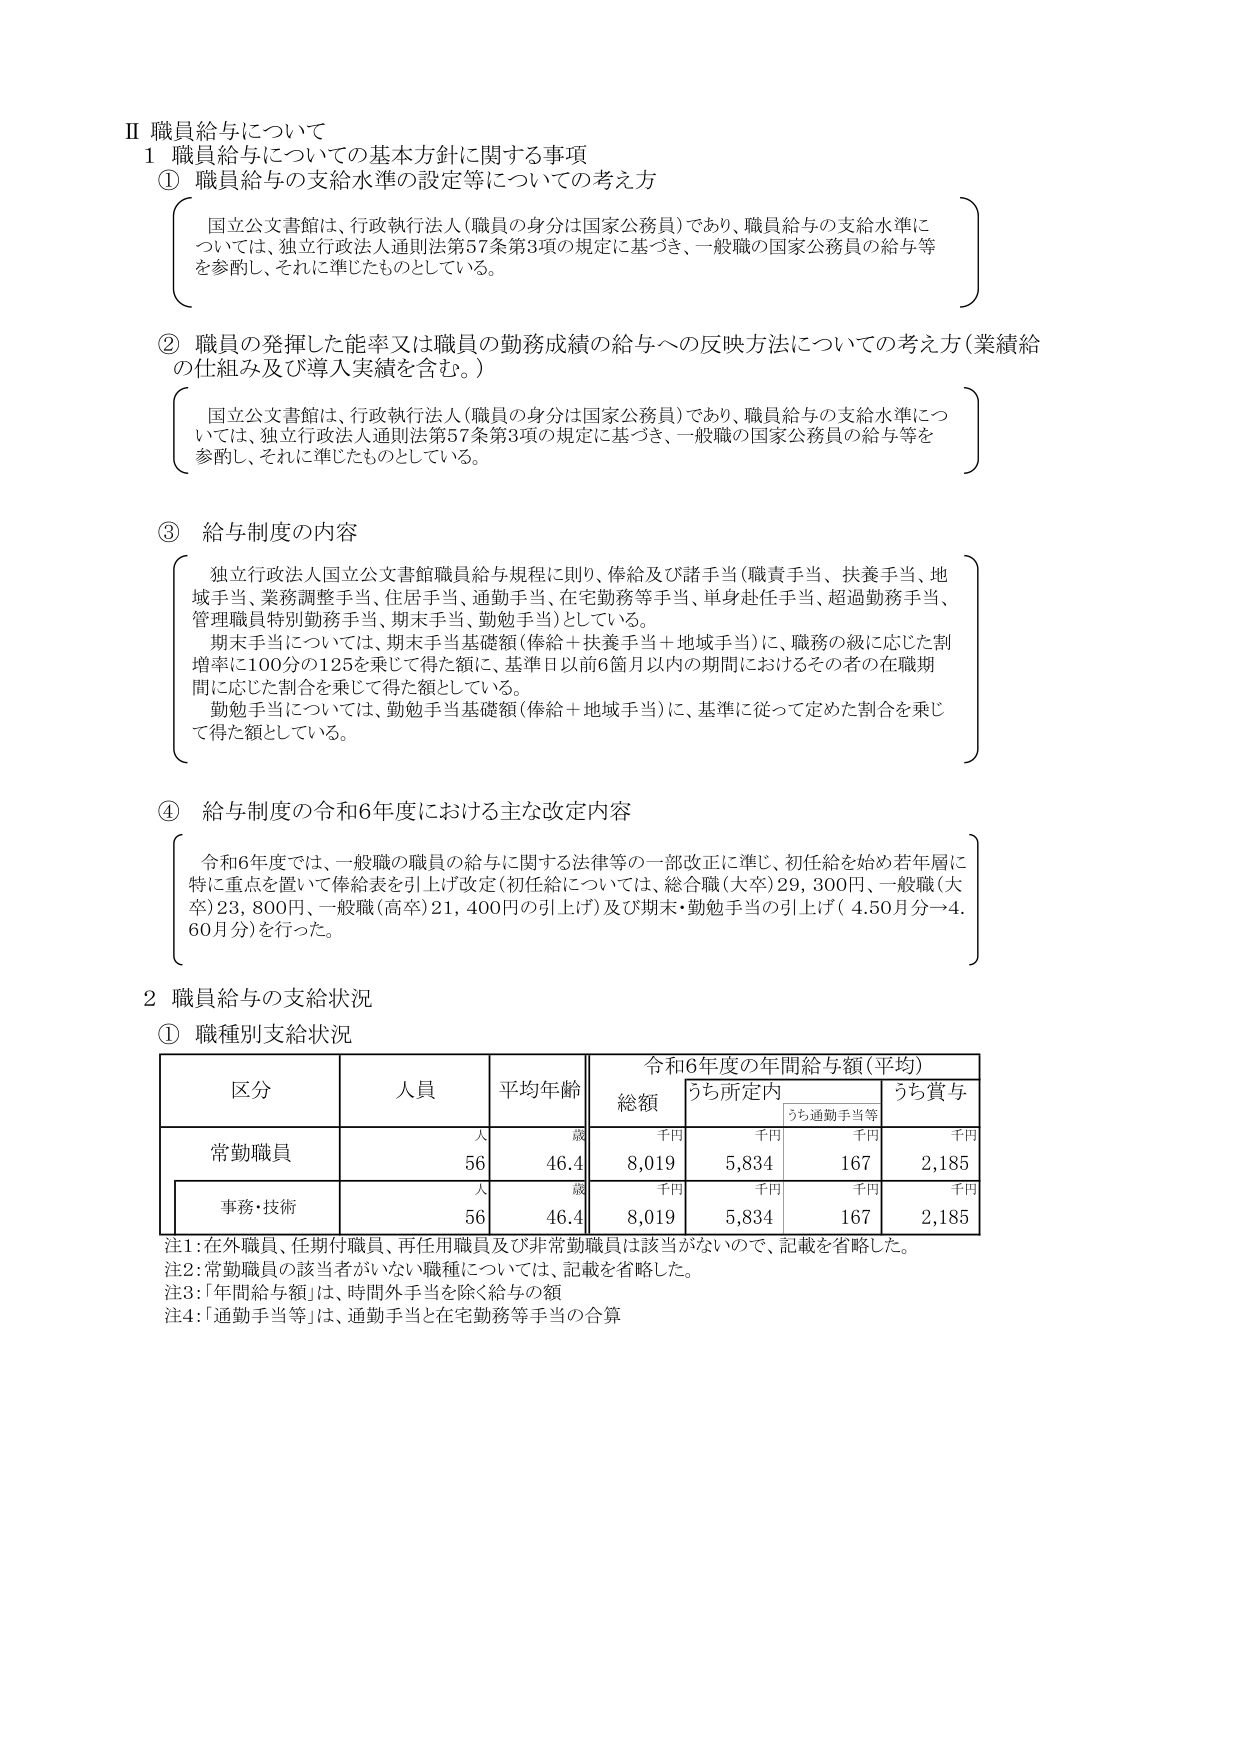
Ⅱ 職員給与について
1 職員給与についての基本方針に関する事項
① 職員給与の支給水準の設定等についての考え方
　国立公文書館は、行政執行法人（職員の身分は国家公務員）であり、職員給与の支給水準については、独立行政法人通則法第57条第3項の規定に基づき、一般職の国家公務員の給与等を参酌し、それに準じたものとしている。

② 職員の発揮した能率又は職員の勤務成績の給与への反映方法についての考え方（業績給の仕組み及び導入実績を含む。）
　国立公文書館は、行政執行法人（職員の身分は国家公務員）であり、職員給与の支給水準については、独立行政法人通則法第57条第3項の規定に基づき、一般職の国家公務員の給与等を参酌し、それに準じたものとしている。

③ 給与制度の内容
　独立行政法人国立公文書館職員給与規程に則り、俸給及び諸手当（職責手当、扶養手当、地域手当、業務調整手当、住居手当、通勤手当、在宅勤務等手当、単身赴任手当、超過勤務手当、管理職員特別勤務手当、期末手当、勤勉手当）としている。
　期末手当については、期末手当基礎額（俸給＋扶養手当＋地域手当）に、職務の級に応じた割増率に100分の125を乗じて得た額に、基準日以前6箇月以内の期間におけるその者の在職期間に応じた割合を乗じて得た額としている。
　勤勉手当については、勤勉手当基礎額（俸給＋地域手当）に、基準に従って定めた割合を乗じて得た額としている。

④ 給与制度の令和6年度における主な改定内容
　令和6年度では、一般職の職員の給与に関する法律等の一部改正に準じ、初任給を始め若年層に特に重点を置いて俸給表を引上げ改定（初任給については、総合職（大卒）29,300円、一般職（大卒）23,800円、一般職（高卒）21,400円の引上げ）及び期末・勤勉手当の引上げ（4.50月分→4.60月分）を行った。

2 職員給与の支給状況
① 職種別支給状況

| 区分       | 人員 | 平均年齢 | 令和6年度の年間給与額（平均） |        |        |        |        |
|------------|------|----------|------------------------------|--------|--------|--------|--------|
|            |      |          | 総額                         | うち所定内 |        | うち賞与 |        |
|            |      |          |                              | うち通勤手当等 |        |        |        |
|            |      |          | 千円                         | 千円     | 千円     | 千円     | 千円     |
| 常勤職員   | 56   | 46.4     | 8,019                        | 5,834  | 167    | 2,185  |        |
| 事務・技術 | 56   | 46.4     | 8,019                        | 5,834  | 167    | 2,185  |        |

注1：在外職員、任期付職員、再任用職員及び非常勤職員は該当がないので、記載を省略した。
注2：常勤職員の該当者がいない職種については、記載を省略した。
注3：「年間給与額」は、時間外手当を除く給与の額
注4：「通勤手当等」は、通勤手当と在宅勤務等手当の合算